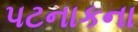
પટનાકના